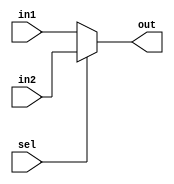
module Mux2To1 # (parameter bit = 32)(out, in1, in2, sel);
    input [bit - 1:0] in1, in2;
    input sel;
    output [bit - 1:0] out;
    assign out = (sel == 1'b0) ? in1 : in2;
endmodule